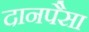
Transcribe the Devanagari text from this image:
दानपैसा